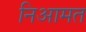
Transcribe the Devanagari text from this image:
निआमत